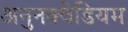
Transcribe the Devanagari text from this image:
अनुनक्वेडियम